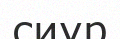
сиур